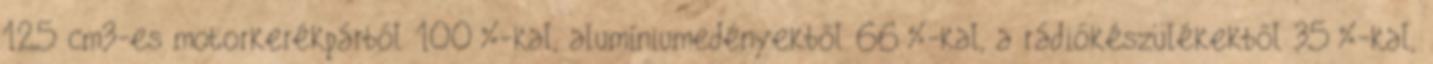
125 cm3-es motorkerékpárból 100%-kal, alumíniumedényekből 66%-kal, a rádiókészülékekből 35%-kal,